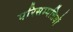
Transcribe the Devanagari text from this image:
परिसम्‍पत्तियों